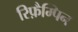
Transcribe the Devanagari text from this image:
रिफ़ैम्पिन